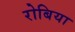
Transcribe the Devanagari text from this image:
रोबिया